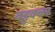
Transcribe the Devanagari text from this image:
वहुवचन